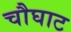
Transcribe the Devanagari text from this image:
चौघाट